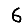
Digit: 6